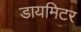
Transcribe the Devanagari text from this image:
डायमिटर